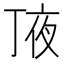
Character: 𠅗